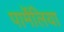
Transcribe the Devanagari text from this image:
पार्मेलिया